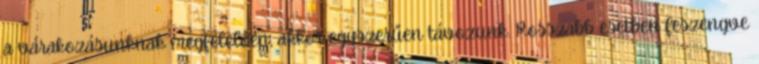
a várakozásunknak megfelelően, akkor egyszerűen távozunk. Rosszabb esetben feszengve